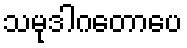
သမုဒါဂတောပေ